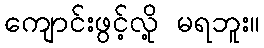
ကျောင်းဖွင့်လို့ မရဘူး။